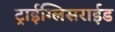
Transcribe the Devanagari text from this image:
ट्राईग्लिसराईड